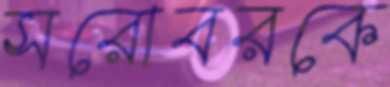
সরোবরকে